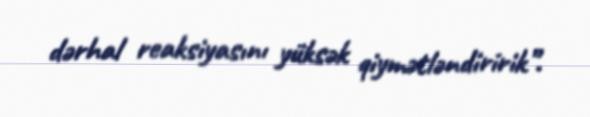
dərhal reaksiyasını yüksək qiymətləndiririk”.